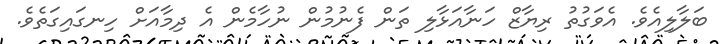
ބަލާލިއެވެ. އެވަގުތު ރިޔާޒް ހަނާއަޅާލި ތަން ފެނުމުން ނުހާމެން އެ ދިމާއަށް ހިނގައިގަތެވެ.